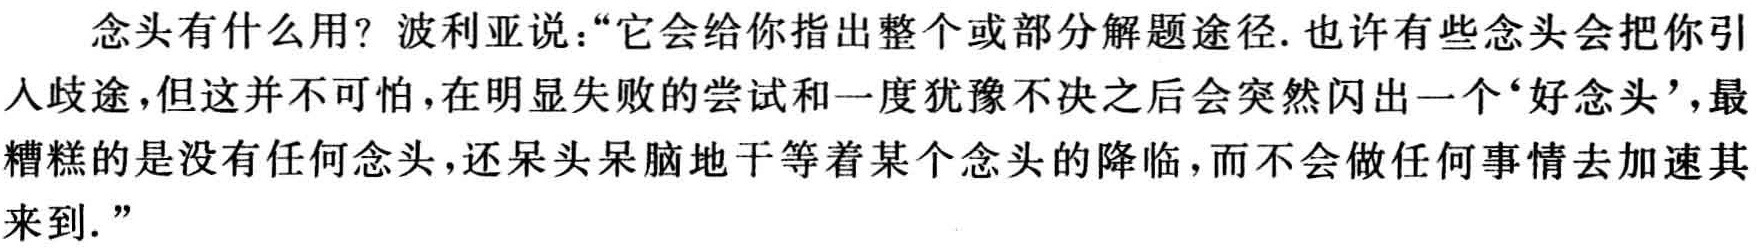
念头有什么用？波利亚说：“它会给你指出整个或部分解题途径. 也许有些念头会把你引入歧途，但这并不可怕，在明显失败的尝试和一度犹豫不决之后会突然闪出一个‘好念头’，最糟糕的是没有任何念头，还呆头呆脑地干等着某个念头的降临，而不会做任何事情去加速其来到.”